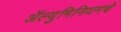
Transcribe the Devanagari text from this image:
ॲल्युमिनियमचे